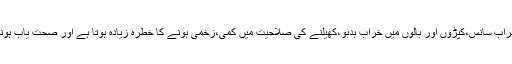
جیسے کہ خراب جلد،خراب سانس،کپڑوں اور بالوں میں خراب بدبو،کھیلنے کی صلاحیت میں کمی،زخمی ہونے کا خطرہ زیادہ ہوتا ہے اور صحت یاب ہونے میں تاخیر ہوتی ہے۔